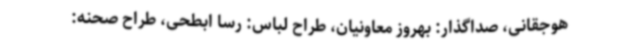
هوجقانی، صداگذار: بهروز معاونیان، طراح لباس: رسا ابطحی، طراح صحنه: